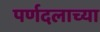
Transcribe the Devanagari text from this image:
पर्णदलाच्या